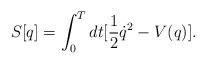
LaTeX: \begin{align*}S[q]=\int _{0}^{T}dt[\frac{1}{2}\dot{q}^{2}-V(q)].\end{align*}